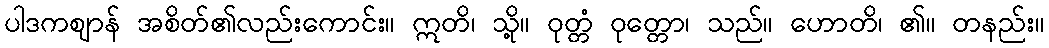
ပါဒကဈာန် အစိတ်၏လည်းကောင်း။ ဣတိ၊ သို့။ ဝုတ္တံ ဝုတ္တော၊ သည်။ ဟောတိ၊ ၏။ တနည်း။